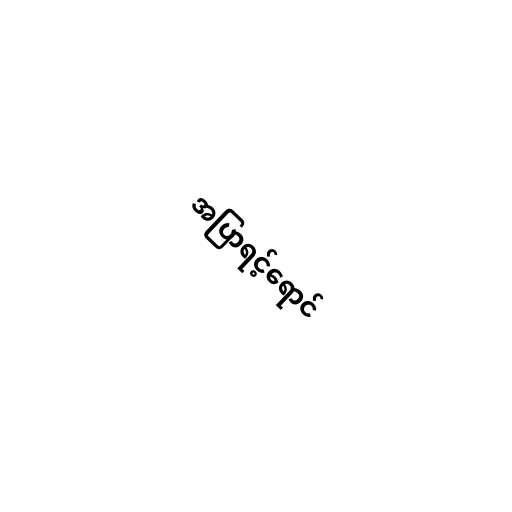
အပြာရင့်ရောင်